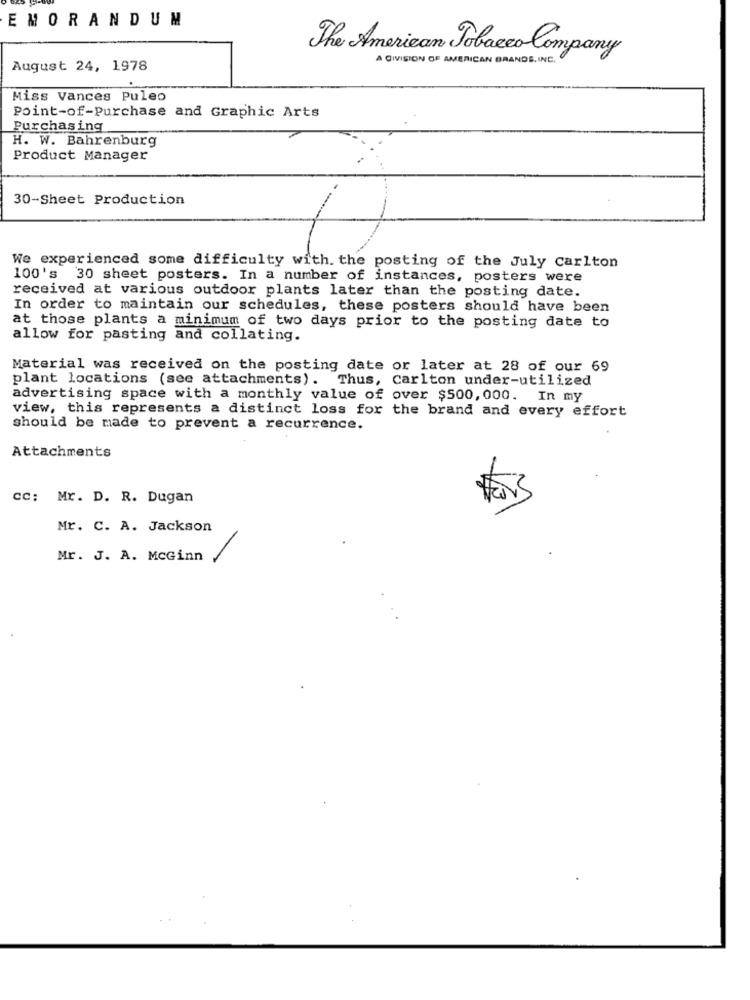
EMORANDUM
The American Tobacco Company
A DIVISION OF AMERICAN BRANDS, INC.
August 24, 1978
Miss Vances Puleo
Point-of-Purchase and Graphic Arts
Purchasing
H. W. Bahrenburg
Product Manager
30-Sheet Production
We experienced some difficulty with. the posting of the July carlton
100's 30 sheet posters. In a number of instances, posters were
received at various outdoor plants later than the posting date.
In order to maintain our schedules, these posters should have been
at those plants a minimum of two days prior to the posting date to
allow for pasting and collating.
Material was received on the posting date or later at 28 of our 69
plant locations (see attachments). Thus, carlton under-utilized
advertising space with a monthly value of over $500, 000. In my
view, this represents a distinct loss for the brand and every effort
should be made to prevent a recurrence.
Attachments
cc: Mr. D. R. Dugan
Mr. C. A. Jackson
Mr. J. A. McGinn